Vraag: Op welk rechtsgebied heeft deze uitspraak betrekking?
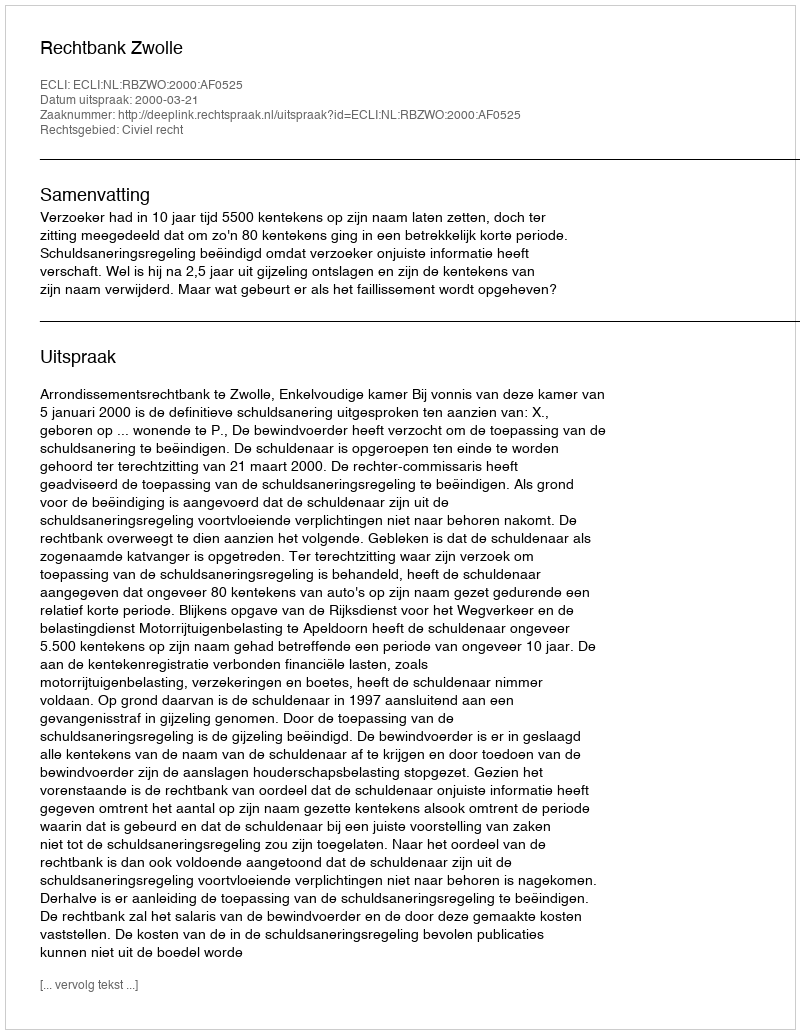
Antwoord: Civiel recht